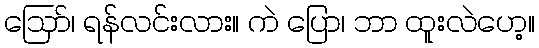
ဪ၊ ရန်လင်းလား။ ကဲ ပြော၊ ဘာ ထူးလဲဟေ့။